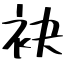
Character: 袂